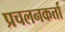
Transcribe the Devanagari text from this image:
प्रचलनकर्त्ता